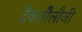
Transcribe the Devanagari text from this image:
टैकनौेलौजी